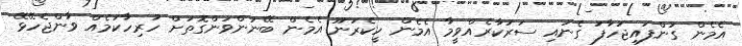
އެމެން ގުންފައިޖަހާފަ ގެނައި ސަރުކާރެއްވީމާ އެމެން ހީކެރަނޫ އެމެން ބޭނުންވަންގޮތަށް ހުރިހާކަމެއް ވާންޖެހޭޅޭ